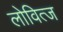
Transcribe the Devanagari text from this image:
लोवित्ज